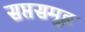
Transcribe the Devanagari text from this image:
सप्तसमूह